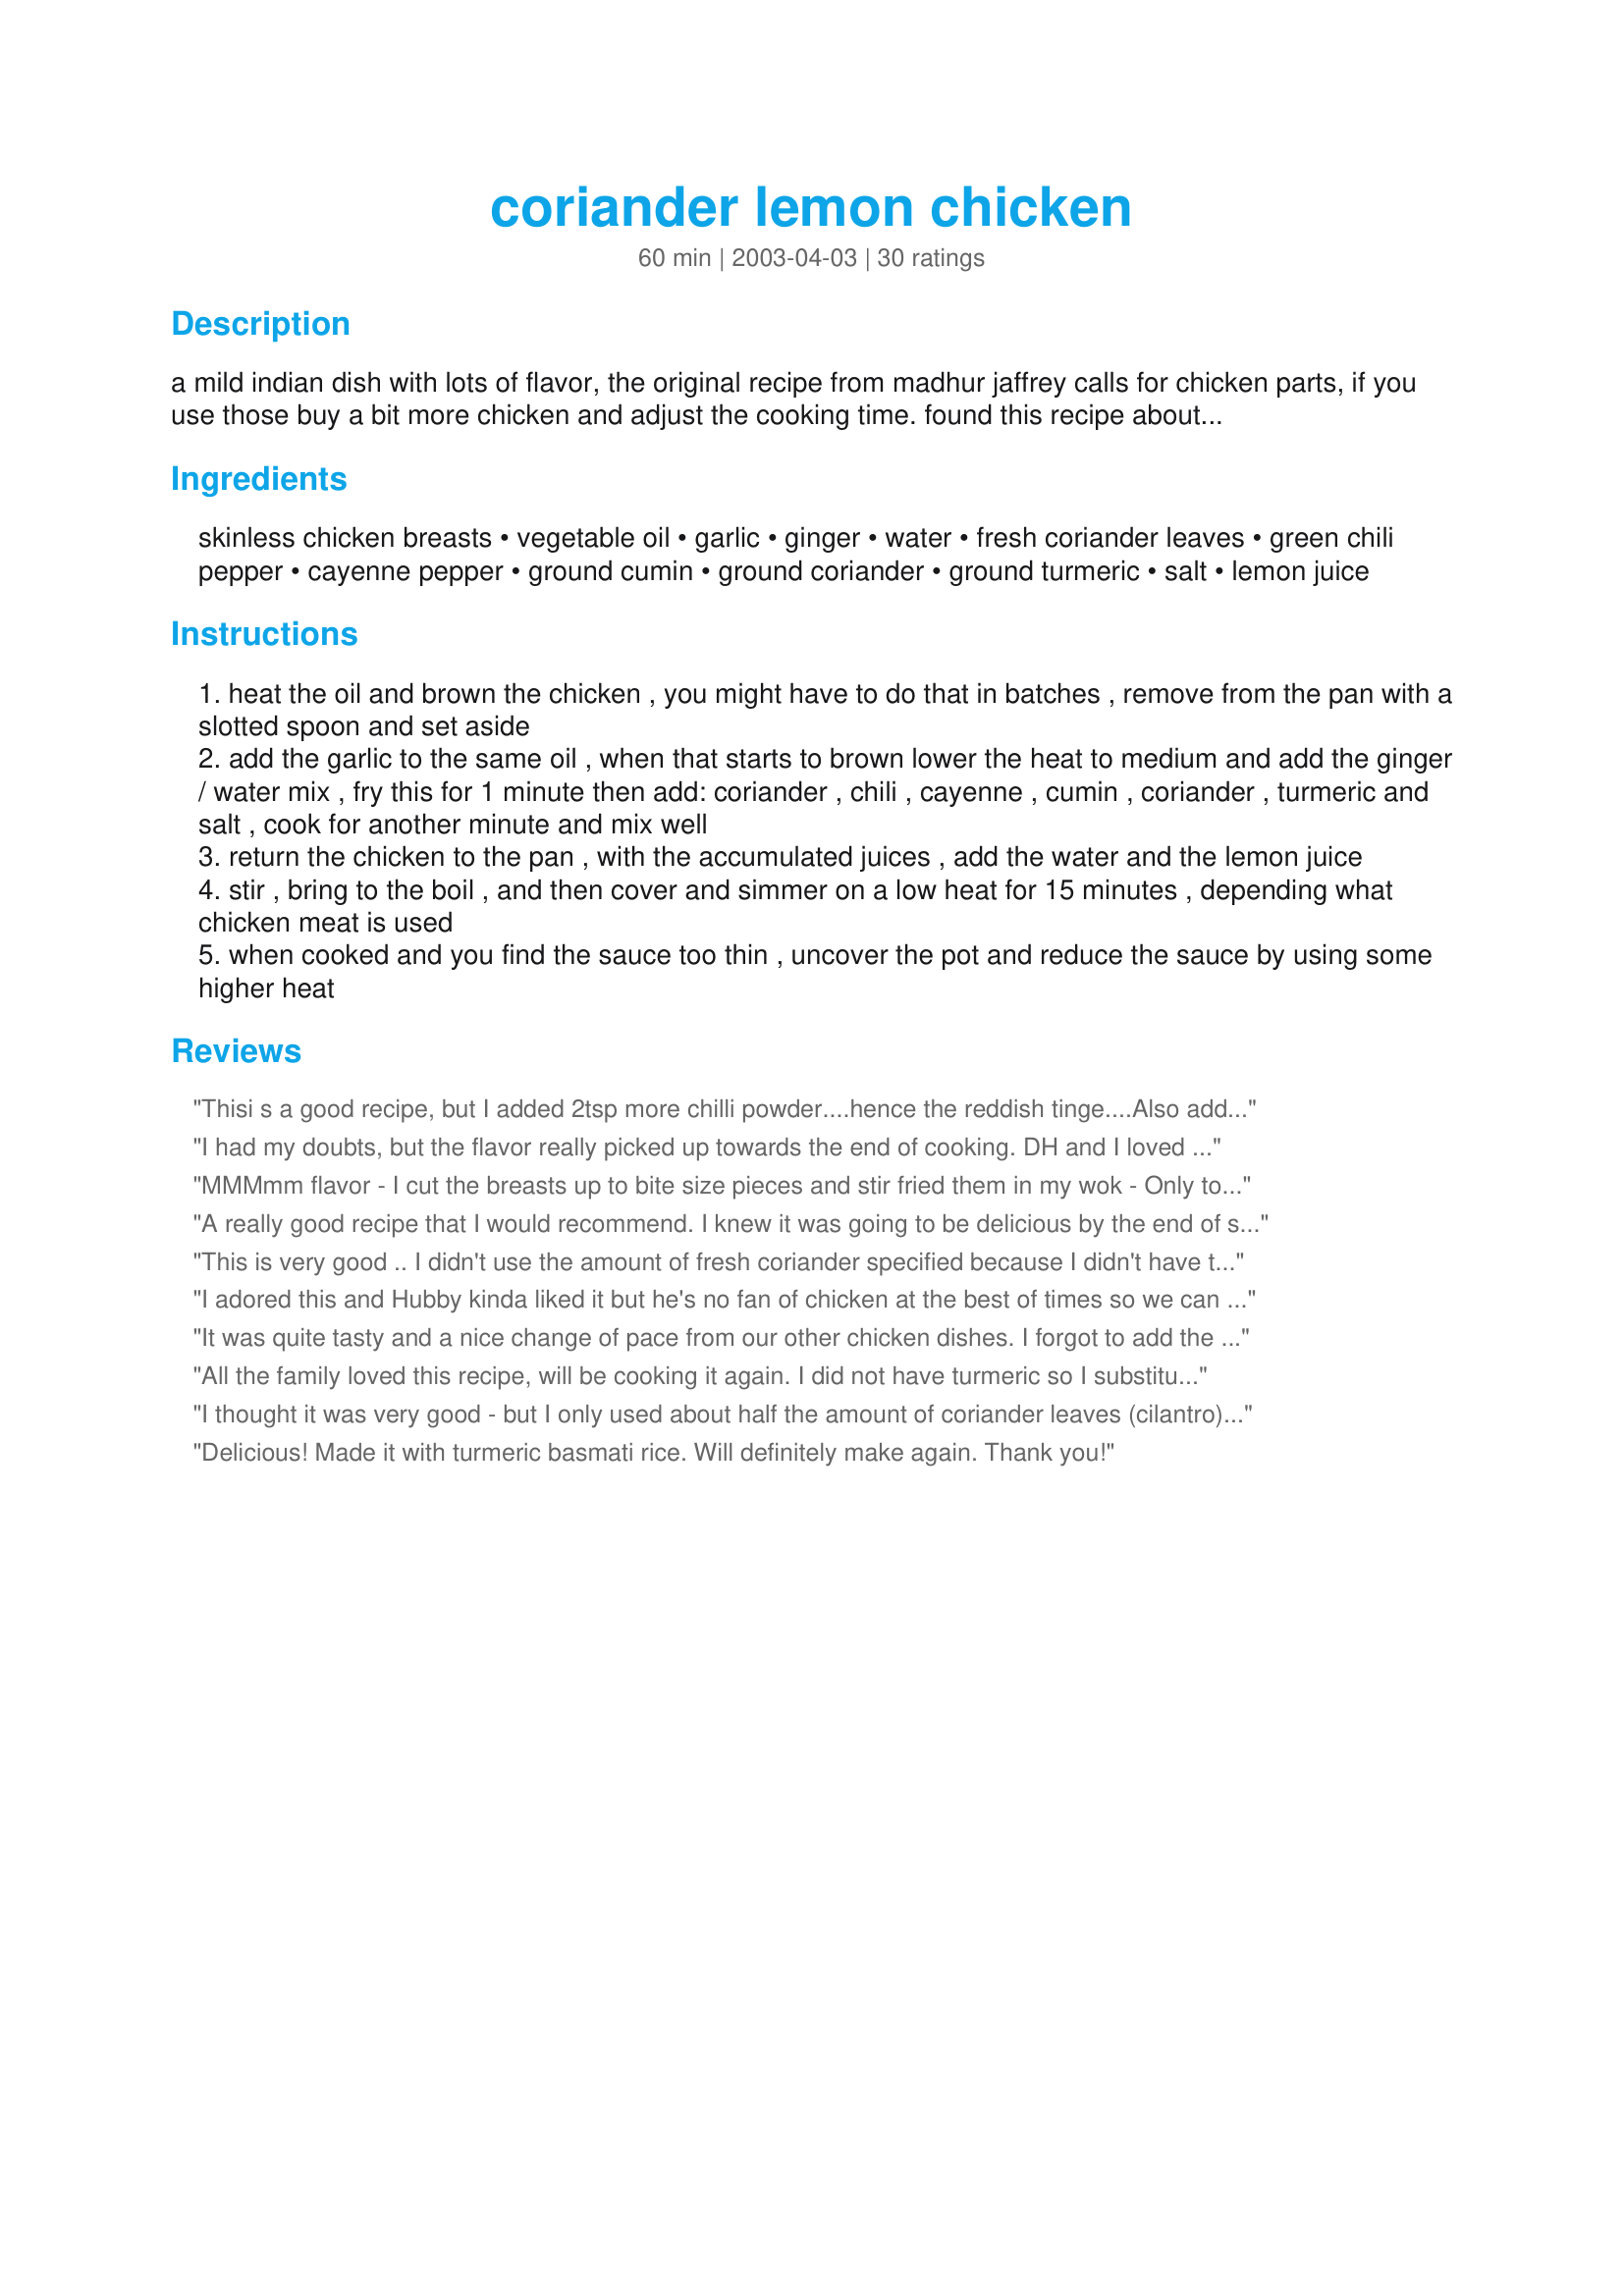
coriander lemon chicken
Preparation time: 60 minutes

a mild indian dish with lots of flavor, the original recipe from madhur jaffrey calls for chicken parts, if you use those buy a bit more chicken and adjust the cooking time. found this recipe about 20 years ago and it has become one of our favorites.

Ingredients:
skinless chicken breasts, vegetable oil, garlic, ginger, water, fresh coriander leaves, green chili pepper, cayenne pepper, ground cumin, ground coriander, ground turmeric, salt, lemon juice

Steps:
heat the oil and brown the chicken , you might have to do that in batches , remove from the pan with a slotted spoon and set aside
add the garlic to the same oil , when that starts to brown lower the heat to medium and add the ginger / water mix , fry this for 1 minute then add: coriander , chili , cayenne , cumin , coriander , turmeric and salt , cook for another minute and mix well
return the chicken to the pan , with the accumulated juices , add the water and the lemon juice
stir , bring to the boil , and then cover and simmer on a low heat for 15 minutes , depending what chicken meat is used
when cooked and you find the sauce too thin , uncover the pot and reduce the sauce by using some higher heat

Reviews:
Thisi s a good recipe, but I added 2tsp more chilli powder....hence the reddish tinge....Also added slightly more lemon juice, as the extra chilli masked the lemon taste slightly. A very good recipe. Next time I will try it with whole chicken parts
I had my doubts, but the flavor really picked up towards the end of cooking. DH and I loved the blend of flavors. A delight for the tongue. I would not hesitate to serve this to guests.
MMMmm flavor - I cut the breasts up to bite size pieces and stir fried them in my wok - Only took minutes Very tasty recipe - a definite make again. Thanks Pets' for another winner
A really good recipe that I would recommend. 
I knew it was going to be delicious by the end of step two, once you add the spices to the pan juices it comes together to form a fragrant spice paste like some of those delicious blends that are commercially available (only better 'cause I made it with my own two hands).
The only change was that I used about one third of a deseeded red chilli as I didn't have any green, and found it needed a pinch of salt and a little more liquid towards the end of the cooking time. Though the recipe has a fair whack of spice in it the end result is piquant rather than strong or hot. 
Next time I will try adding half the lemon juice & coriander as per the recipe and half just before serving. I think the taste of just chopped coriander would be great.
This recipe would be a great introduction for anyone who isn't too sure about indian food. However if you still aren't sure about the spice, halve the amount of spices, add more liquid and some honey and it would be more like a twist on the more traditional chinese style lemon chicken.
This is very good .. I didn't use the amount of fresh coriander specified because I didn't have that much .. I also added 2T yogurt in the end .. My husband loved it thanks :)
I adored this and Hubby kinda liked it but he's no fan of chicken at the best of times so we can discount his opinion here LOL. I loved the garlic and the punch of the coriander (cilantro) and the spiciness too. YUM!!! Like Bergy we also chopped the chicken into small bits before cooking. Defiantly a recipe I will keep on file, Thanks!!!
It was quite tasty and a nice change of pace from our other chicken dishes. I forgot to add the green chilis even after having chopped them up, but it was still good.
All the family loved this recipe, will be cooking it again. I did not have turmeric so I substituted Garam Masala
I thought it was very good - but I only used about half the amount of coriander leaves (cilantro) called for and that almost overwhelmed the other flavors. (On the bright side, my family likes cilantro.)
Delicious! Made it with turmeric basmati rice. Will definitely make again. Thank you!
I think it is just a matter of taste, We didn't really care for this, A little to spicy. I cut the amount of a lot of the spices in half. I added the green chile pepper with the spices, as it doesn't mention when to add it. I'm sure that this is a good recipe for someone who likes spicy foods.
Coriander is the ground seeds of the cilantro plant, so fressh coriander leaves = fresh cilantro. I didn't know this, hope it's helpful to others
We tried this recipe and loved it. It's so delicous and it's the citrus taste of the coriander or cilantro, as it's often referred to that gives it such a unique taste.
This dish is great!
We really liked this, served it with jasmine rice. Good fast dinner for weeknites, and yummy for lunch leftovers.
This was just wonderful! Flavorful but not too spicy. I used a jalapeno for the green chile pepper. With the seeds and membranes removed it did not make the dish too hot for those of my family who don't like hot stuff. We will definitely be making this again!
Really enjoyed this recipe. I cooked exactly as written and it all came together for a lovely refreshing, tangy dinner. Thanks Pets for another winner.
Very good, though I would have liked a bit more sauce, however, that is personal taste. Very good flavours that complement each other and do not overwhelm the palate. Even DD2, not a curry lover, enjoyed this. I added a roughly chopped onion, and a diced green pepper, adding them at Step 2.

Thank you, this was much enjoyed.
We loved this, although I do question the 7 ounces of cilantro. I used the whole bunch, which weighed in at about 4 ounces. i'll definetely make this again.
I chose to use the chicken thighs in this recipe and we really enjoyed the flavor in the finished dish. For dietary reasons, I did cut back the amount of oil to 2 teaspoons without a problem. thank you Pets'R'us for sharing the recipe.
I cook a lot of Indian food as my husband is of Indian origin. This dish was exceptional and will now appear regularly on my menu
We loved this, it was a beautiful mix of spice, and lemon/coriander freshness. Russell made this, and held back half of the bunch of coriander until the end to give it that final fresh burst of flavour we enjoy.
This was an awesome recipe. SUPER spicy, but we loved it. Added some broccoli on top and it was fantastic.
I like this recipe because it is a great change from the normal chicken. I used chicken drumsticks and adjusted the cooking time. Thank you for sharing your recipe.
Very good, a lovely combination of flavours! I used a red chile instead of green, a bunch of fresh coriander (didn't weigh it!) and 1/2 ts of cayenne. Nom! Thank you!
The cilantro really adds loads of flavor to the chicken. It is delicious, lemony, and refreshing, with a nice mix of spices. Definitely will make this again. Thanks!
Madhur Jaffrey's Indian Cooking is one of my favourite cookbooks. I was so happy to see this recipe posted here & read the reviews as the recipe isn't a curry I would normally try. I'm so glad I did, as we absolutely loved it!! We used skinned chicken legs & followed the recipe as is. The lemon & cilantro sauce was so refreshing. For the leftovers, I separated the remaining chicken from the bone & mixed it with the sauce and basmati rice. My husband loved it the next day for lunch. Thank you for posting this recipe!!
Just the right amount of heat for me. Terrific over Indian Spiced Rice. It was actually gone from my son and husband eating out of the pot before dinner.
Mmmmmm!!! I came across this looking for something that I could make with what I have on-hand (we're going grocery shopping tomorrow, but as of tonight the fridge is bare!) OMG, I'm so glad I tried it! Delicious citrusy flavor from the coriander (dried and fresh) and the lemon. Not too spicey but wonderfully intensely flavored. I didn't make this- BF did and I just ate it. He said he followed the recipe- he did add about a cup of yellow onion (a very nice touch that I highly recommend!) and I'm pretty sure he used less cilantro (fresh coriander) than called for. Anyhow, it turned out wonderfully, and the flavors in this are just so terrific- sunny and pungent. Intense, but not overpowering. Mmm!!!! I'll say it again...Mmmmmm!!!! Loved this. Will insist upon making it again and again! Thanks for another great dish, Annelies! (And a great dinner) We served with Cooling Squash #75246 and rice.
The flavor was good, but it was way too oily for us.
This was good. But it did not has as much flavor as I thought it would. I think I would increase the spices. I will be making this again with a few adjustments.
